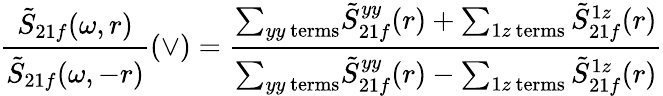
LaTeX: \frac{\tilde{S}_{21f}(\omega,r)}{\tilde{S}_{21f}(\omega,-r)}(\vee)=\frac{{{\sum_{yy~\textrm{terms}}}\tilde{S}_{21f}^{yy}(r)+\sum_{1z~\textrm{terms}}\tilde{S}_{21f}^{1z}(r)}}{{{\sum_{yy~\textrm{terms}}}\tilde{S}_{21f}^{yy}(r)-\sum_{1z~\textrm{terms}}\tilde{S}_{21f}^{1z}(r)}}